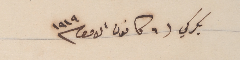
بكركي ٦ كانون الاول سنة ١٩١٩